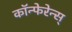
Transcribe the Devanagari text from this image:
कॉन्फेरेन्स्